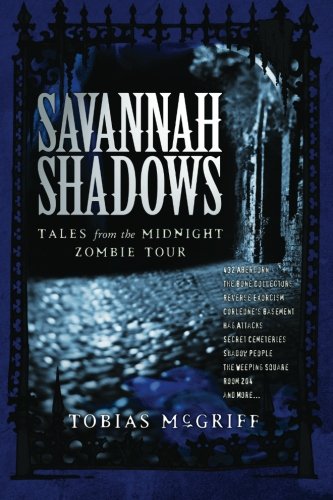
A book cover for Savannah Shadows: Tales from the Midnight Zombie Tour; Tobias Coyle McGriff; Travel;